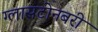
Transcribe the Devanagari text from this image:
ग्लासटोनबरी